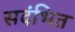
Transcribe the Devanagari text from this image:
सदंभित